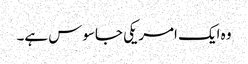
وہ ایک امریکی جاسوس ہے۔